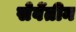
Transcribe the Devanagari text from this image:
सेवेंतीन